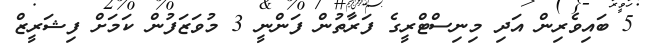
5 ބައިވެރިން އަދި މިނިސްޓްރީގެ ފަރާތުން ފަންނީ 3 މުވަޒަފުން ކަމަށް ފިޝަރީޒް